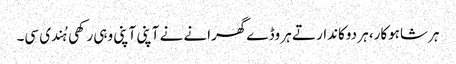
ہر شاہوکار، ہر دوکاندار تے ہر وڈے گھرانے نے آپنی آپنی وہی رکھی ہُندی سی۔